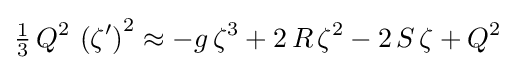
{\tfrac {1}{3}}\,Q^{2}\,\left(\zeta '\right)^{2}\approx -g\,\zeta ^{3}+2\,R\,\zeta ^{2}-2\,S\,\zeta +Q^{2}